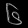
Digit: ၆